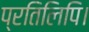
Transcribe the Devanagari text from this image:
प्रतिलिपि।